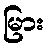
မြား